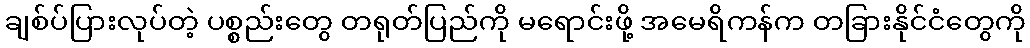
ချစ်ပ်ပြားလုပ်တဲ့ ပစ္စည်းတွေ တရုတ်ပြည်ကို မရောင်းဖို့ အမေရိကန်က တခြားနိုင်ငံတွေကို